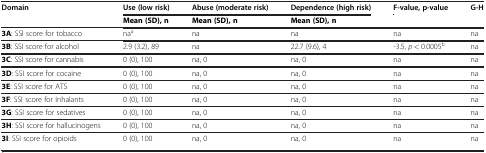
<table><thead><tr><td><b>Domain</b></td><td><b>Use (low risk)</b></td><td><b>Abuse (moderate risk)</b></td><td><b>Dependence (high risk)</b></td><td><b>F-value, p-value</b></td><td><b>G-H</b></td></tr></thead><tbody><tr><td> </td><td><b>Mean (SD), n</b></td><td><b>Mean (SD), n</b></td><td><b>Mean (SD), n</b></td><td> </td><td> </td></tr><tr><td><b>3A</b>: SSI score for tobacco</td><td>na<sup>a</sup></td><td>na</td><td>na</td><td>na</td><td>na</td></tr><tr><td><b>3B</b>: SSI score for alcohol</td><td>2.9 (3.2), 89</td><td>na</td><td>22.7 (9.6), 4</td><td>-3.5, <i>p</i> &lt; 0.0005<sup>b</sup></td><td>na</td></tr><tr><td><b>3C</b>: SSI score for cannabis</td><td>0 (0), 100</td><td>na, 0</td><td>na, 0</td><td>na</td><td>na</td></tr><tr><td><b>3D</b>: SSI score for cocaine</td><td>0 (0), 100</td><td>na, 0</td><td>na, 0</td><td>na</td><td>na</td></tr><tr><td><b>3E</b>: SSI score for ATS</td><td>0 (0), 100</td><td>na, 0</td><td>na, 0</td><td>na</td><td>na</td></tr><tr><td><b>3F</b>: SSI score for Inhalants</td><td>0 (0), 100</td><td>na, 0</td><td>na, 0</td><td>na</td><td>na</td></tr><tr><td><b>3G</b>: SSI score for sedatives</td><td>0 (0), 100</td><td>na, 0</td><td>na, 0</td><td>na</td><td>na</td></tr><tr><td><b>3H</b>: SSI score for hallucinogens</td><td>0 (0), 100</td><td>na, 0</td><td>na, 0</td><td>na</td><td>na</td></tr><tr><td><b>3I</b>: SSI score for opioids</td><td>0 (0), 100</td><td>na, 0</td><td>na, 0</td><td>na</td><td>na</td></tr></tbody></table>